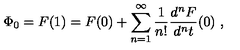
\Phi _ { 0 } = F ( 1 ) = F ( 0 ) + \sum _ { n = 1 } ^ { \infty } \frac { 1 } { n ! } \frac { d ^ { n } F } { d ^ { n } t } ( 0 ) \ ,